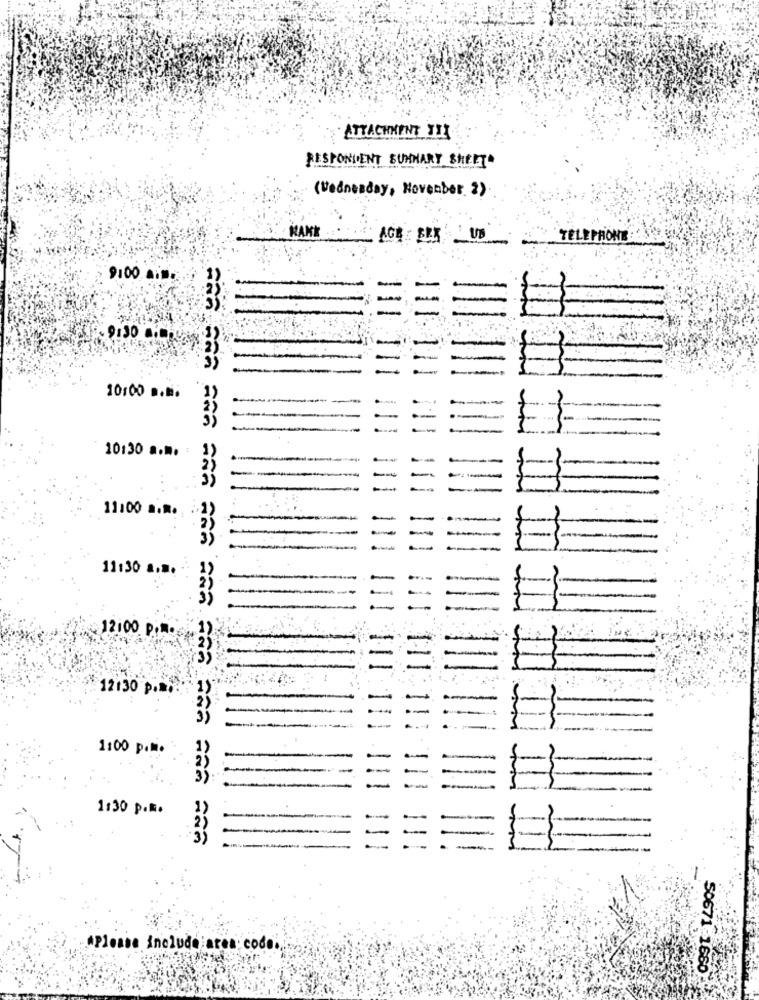
ATTACHMENT TI!
RESPONDENT SUMMARY SHEET
(Wednesday, November. 2)
RANK
AGE : SEX
TELEPHONE
9100 is.
10:00 a.m.
--- -
10:30 a.m. :
11:00 .....
11:30 a.m.
12:00 P.M.
12:30 p.s.
1:00 p.m.
1:30 p.m.
"Please include area code ..
50671-1660